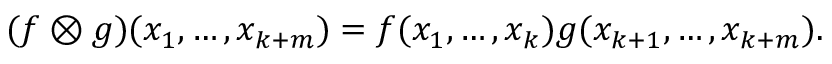
( f \otimes g ) ( x _ { 1 } , \dots , x _ { k + m } ) = f ( x _ { 1 } , \dots , x _ { k } ) g ( x _ { k + 1 } , \dots , x _ { k + m } ) .